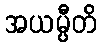
အယမ္ပီတိ